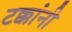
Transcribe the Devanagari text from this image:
टक्कांनी